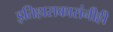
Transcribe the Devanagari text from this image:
इतिहासकारांनीही